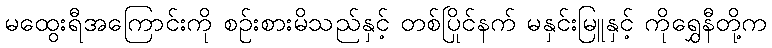
မထွေးရီအကြောင်းကို စဉ်းစားမိသည်နှင့် တစ်ပြိုင်နက် မနှင်းမြူနှင့် ကိုရွှေနီတို့က